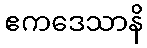
ဧကဒေသာနိ